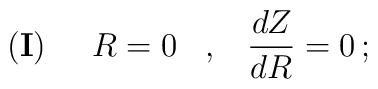
{\bf{(I)}} \;\;\;\;\;R=0\;\;\; ,\;\;\;\frac{dZ}{dR}=0 \, ;